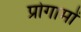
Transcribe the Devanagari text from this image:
प्रोगामों